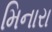
મિનારા